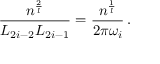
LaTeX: \frac { n ^ { \frac { 2 } { l } } } { L _ { 2 i - 2 } L _ { 2 i - 1 } } = \frac { n ^ { \frac { 1 } { l } } } { 2 \pi \omega _ { i } } \, .